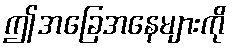
ဤအခြေအနေများကို